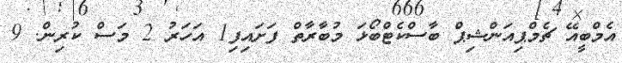
އެމްބީއޭ ޗެމްޕިއަންޝިޕް ބާސްކެޓްބޯޅަ މުބާރާތް ފަށައިފި1 އަހަރު 2 މަސް ކުރިން. 9